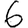
Digit: 6